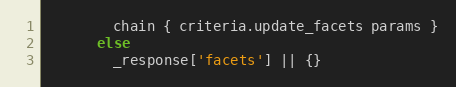
Language: Ruby
        chain { criteria.update_facets params }
      else
        _response['facets'] || {}